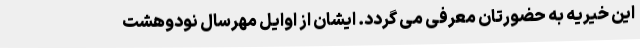
این خیریه به حضورتان معرفی می گردد. ایشان از اوایل مهرسال نودوهشت